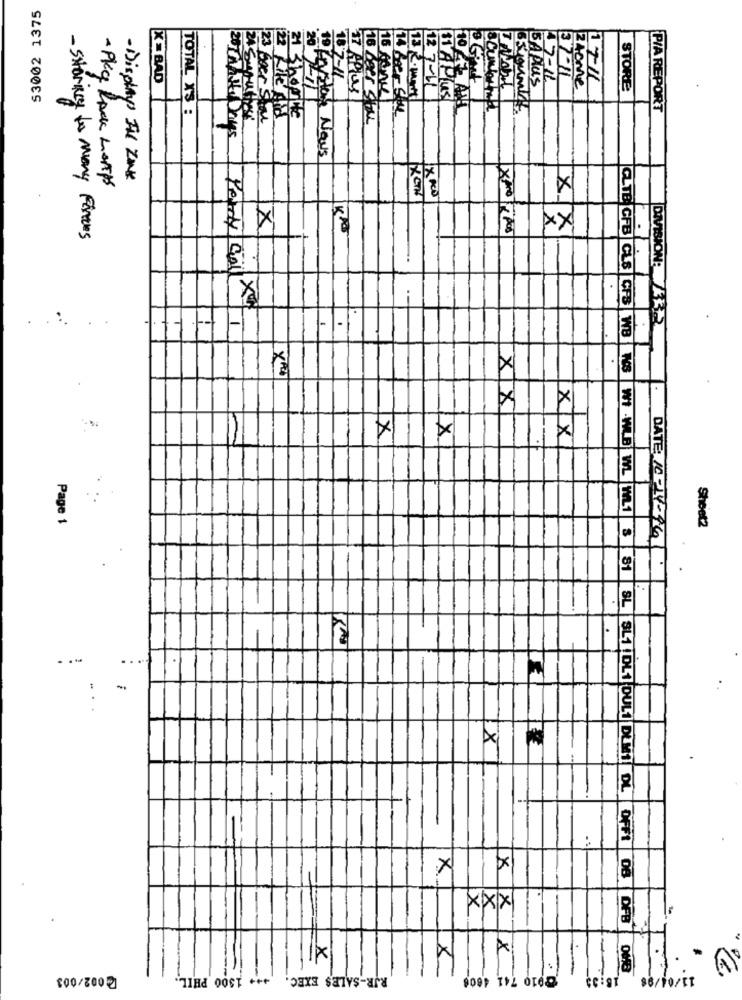
53002 1375
21 .
19
X = BAD
7-11
34one
BAPlus
STORE
lusi
P/A REPORT
TOTAL X'S :
23 beer Stal
Rite Aid
stay News
-Displays IN ZINK
- PKg RACK hisAPS
X
xx
X
KA
XPro Pes
.
- Storky to many Fines
Percy Coil X
DIVISION: 32
xx
A
XX
Page 1
Sheet2
DATE: 10-14-961.
GLTE CFB CLS CFB WB WS WI -WB WL ML1 8 81
SL
...
-
X
SL1 DL1 DUL1 DLMI DL
.
DFFi
×
X
1e
XXX
x
X
@002/003
*** 1300 PHIL.
RJR-SALES EXEC.
1.
18:35
08 OF8 000